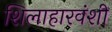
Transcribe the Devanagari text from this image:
शिलाहारवंशी